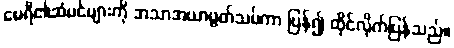
မေရီ၏ဆံပင်များကို အသာအယာပွတ်သပ်ကာ ပြန်၍ ထိုင်လိုက်ပြန်သည်။